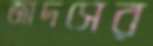
জাদসের